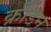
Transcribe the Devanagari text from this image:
क्रीडन